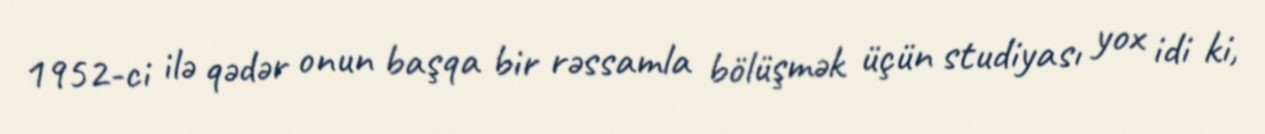
1952-ci ilə qədər onun başqa bir rəssamla bölüşmək üçün studiyası yox idi ki,